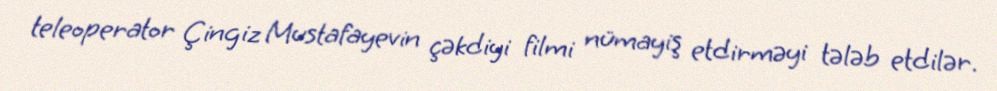
teleoperator Çingiz Mustafayevin çəkdiyi filmi nümayiş etdirməyi tələb etdilər.